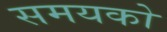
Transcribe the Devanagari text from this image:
समयको